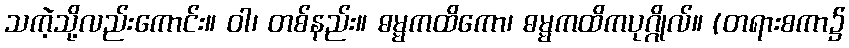
သကဲ့သို့လည်းကောင်း။ ဝါ၊ တစ်နည်း။ ဓမ္မကထိကော၊ ဓမ္မကထိကပုဂ္ဂိုလ်။ (တရားစကာ၌